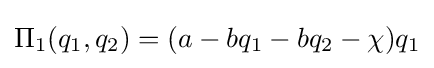
\Pi _{1}(q_{1},q_{2})=(a-bq_{1}-bq_{2}-\chi )q_{1}